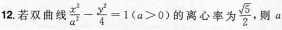
12. 若双曲线 $$\frac{x^{2}}{a^{2}}- \frac{y^{2}}{4}=1(a>0)$$ 的离心率为\frac{\sqrt{5}}{2}，则a